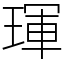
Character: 琿